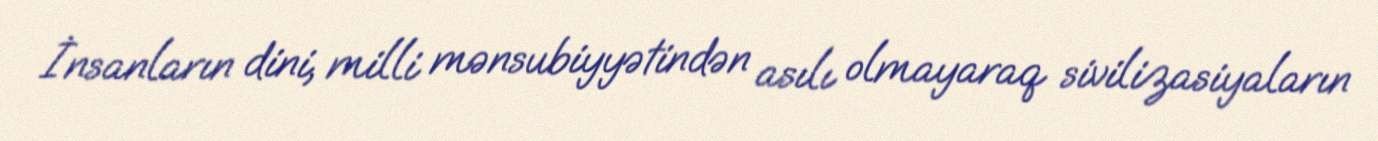
İnsanların dini, milli mənsubiyyətindən asılı olmayaraq sivilizasiyaların